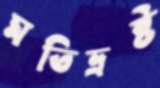
মতিভ্রষ্ট